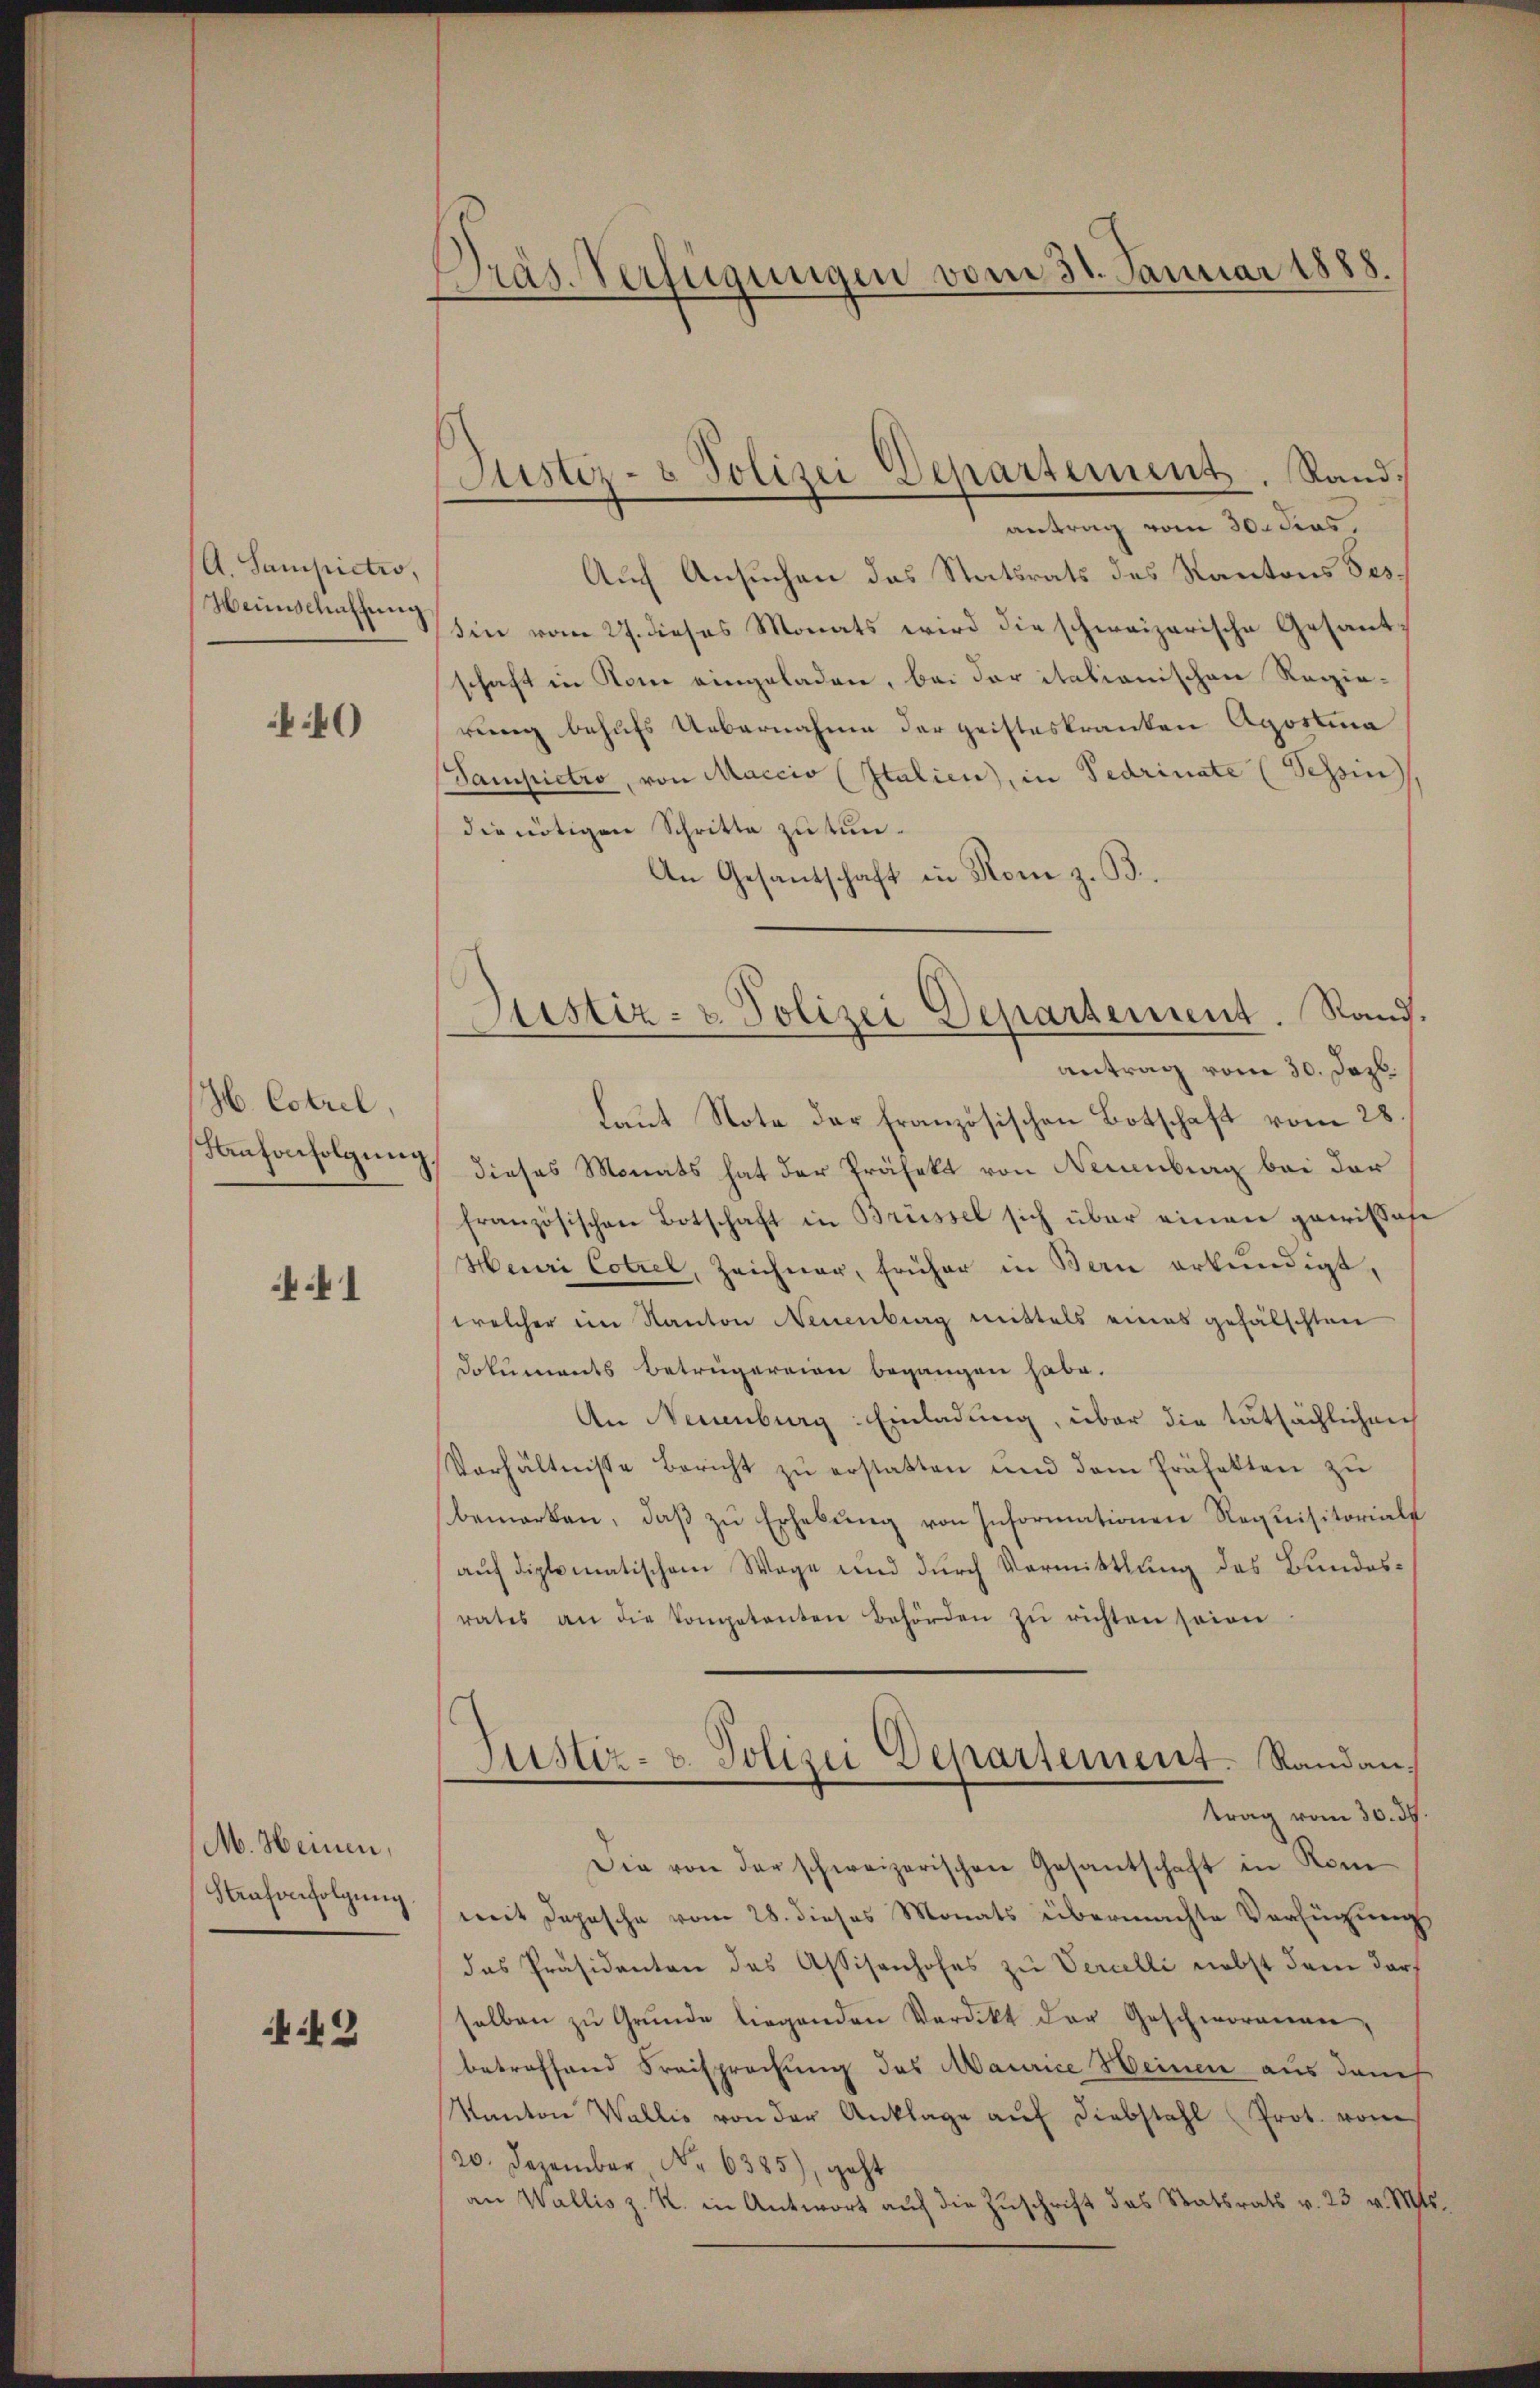
A. Sampictio,
Heinschaffung

4

H. Cotrel,
Nufvnfolgung

1

M. Heinen,
Strafverfolgung

449

Präs. Verfügungen vom 31. Januar 1888.

Justiz- & Polizei Departement. Rand:
antrag vom 30. Jos.

Auch Ansuchen das Statsrats des Kantons Tes
sin vom 27. dieses Monats wird die schweizerische Gesantschaft in Rom eingeladen, bei der italionischen Regie-
rung behufs Uebernahme der geisteskranken Agostina
Sampietro, von Maccio (Italien, in Fedrinate (Tehin
die nötigen Schritte zu tun¬
An Gesandschaft in Rom z. B.
laut Note der französischen Botschaft vom 28.
dieses Monats hat der Präfekt von Neuenburg bei der
französischen Botschaft in Brüssel sich über einen gewissese
Heuri Cotrel, Zeichner, früher in Bern erkundigt,
welcher im Kanton Neuenburg mittels eines gefälschten
Dokuments Betrügereien begangen habe.
An Neuenburg: Einladung, über die tatsächlichen
Verhältnisse Bericht zŭ erstatten und dem Präfekten zu
bemerken, daß zu Erhebung von Informationen Requisitorials
auf diplomatischem Wage und durch Vormittlung des Bundesrates an die Kompetenten Behörden zŭ richten seine
Justiz- u. Polizei Departement. Randantrag vom 30. d.
Die von der schweizerischen Gesantschaft in Rom
mit Depesche vom 28. dieses Monats übermachte Verfügung
das Präsidenten des Assisenhofes zu Vercelli nebst dem darselben zŭ Grŭnde liegenden Verdikt der Geschworenen,
betreffend Freisprechung des Maurice Seinen aus damit
Kanton Wallis von der Anklage aŭf diebstahl Prot. vom
20. Dezember No 6385), geht
an Wallis z. R. in Antwort auf die Zuschrift das Statsrats v. 23 v. Mts.

Justiz- & Polizei Departement. Rand.
antrag vom 30. Jezb.